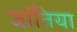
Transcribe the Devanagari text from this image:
जांतिया